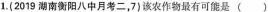
1.(2019湖南衡阳八中月考二，7)该农作物最有可能是( )